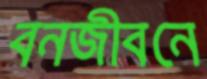
বনজীবনে